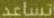
تساعد